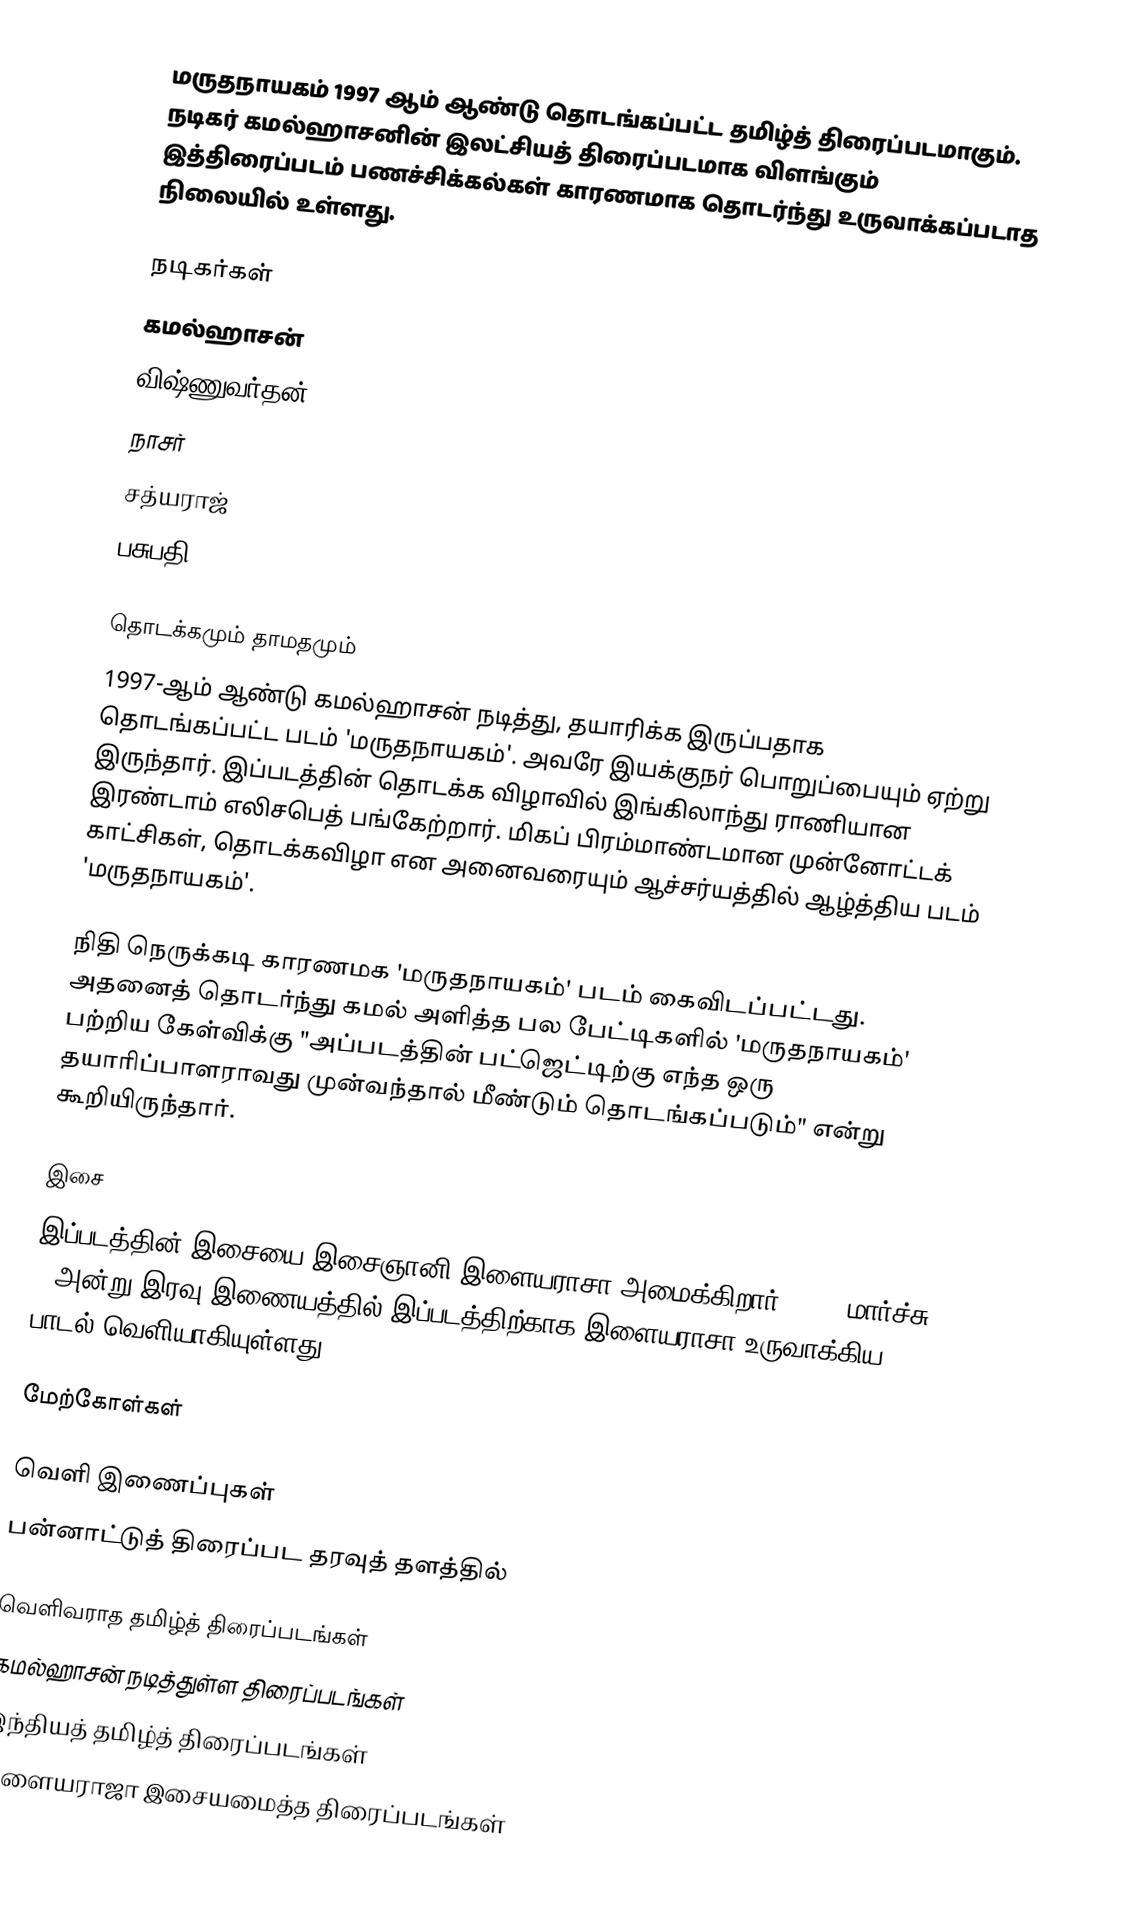
மருதநாயகம் 1997 ஆம் ஆண்டு தொடங்கப்பட்ட தமிழ்த் திரைப்படமாகும். நடிகர் கமல்ஹாசனின் இலட்சியத் திரைப்படமாக விளங்கும் இத்திரைப்படம் பணச்சிக்கல்கள் காரணமாக தொடர்ந்து உருவாக்கப்படாத நிலையில் உள்ளது.

நடிகர்கள்
 கமல்ஹாசன்
 விஷ்ணுவர்தன்
 நாசர்
 சத்யராஜ்
 பசுபதி

தொடக்கமும் தாமதமும்
1997-ஆம் ஆண்டு கமல்ஹாசன் நடித்து, தயாரிக்க இருப்பதாக தொடங்கப்பட்ட படம் 'மருதநாயகம்'. அவரே இயக்குநர் பொறுப்பையும் ஏற்று இருந்தார். இப்படத்தின் தொடக்க விழாவில் இங்கிலாந்து ராணியான இரண்டாம் எலிசபெத் பங்கேற்றார். மிகப் பிரம்மாண்டமான முன்னோட்டக் காட்சிகள், தொடக்கவிழா என அனைவரையும் ஆச்சர்யத்தில் ஆழ்த்திய படம் 'மருதநாயகம்'.

நிதி நெருக்கடி காரணமக 'மருதநாயகம்' படம் கைவிடப்பட்டது. அதனைத் தொடர்ந்து கமல் அளித்த பல பேட்டிகளில் 'மருதநாயகம்' பற்றிய கேள்விக்கு "அப்படத்தின் பட்ஜெட்டிற்கு எந்த ஒரு தயாரிப்பாளராவது முன்வந்தால் மீண்டும் தொடங்கப்படும்" என்று கூறியிருந்தார்.

இசை
இப்படத்தின் இசையை இசைஞானி இளையராசா அமைக்கிறார். 2016 மார்ச்சு 4 அன்று இரவு இணையத்தில் இப்படத்திற்காக இளையராசா உருவாக்கிய பாடல் வெளியாகியுள்ளது.

மேற்கோள்கள்

வெளி இணைப்புகள்
பன்னாட்டுத் திரைப்பட தரவுத் தளத்தில்

வெளிவராத தமிழ்த் திரைப்படங்கள்
கமல்ஹாசன் நடித்துள்ள திரைப்படங்கள்
இந்தியத் தமிழ்த் திரைப்படங்கள்
இளையராஜா இசையமைத்த திரைப்படங்கள்